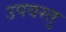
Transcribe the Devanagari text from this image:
उपवस्तु